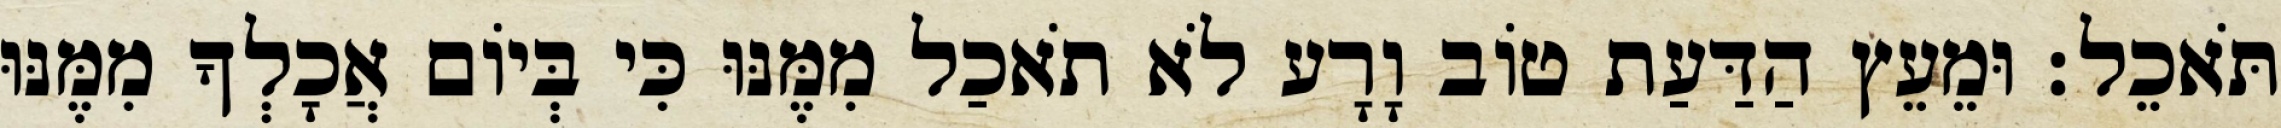
תֹּאכֵל׃ וּמֵעֵץ הַדַּעַת טֹוב וָרָע לֹא תֹאכַל מִמֶּנּוּ כִּי בְּיֹום אֲכָלְךָ מִמֶּנּוּ